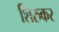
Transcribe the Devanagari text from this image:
शिरुकर